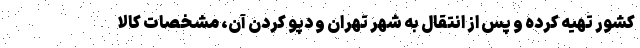
کشور تهیه کرده و پس از انتقال به شهر تهران و دپو کردن آن، مشخصات کالا